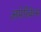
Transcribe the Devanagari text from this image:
अमेरिकेन्स